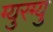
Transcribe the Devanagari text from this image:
ग्युरग्यु